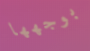
بوجهها